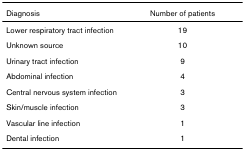
| Diagnosis | Number of patients |
 | --- | --- |
 | Lower respiratory tract infection | 19 |
 | Unknown source | 10 |
 | Urinary tract infection | 9 |
 | Abdominal infection | 4 |
 | Central nervous system infection | 3 |
 | Skin/muscle infection | 3 |
 | Vascular line infection | 1 |
 | Dental infection | 1 |